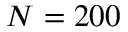
N = 2 0 0